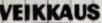
VEIKKAUS